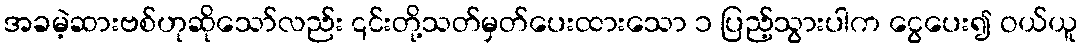
အခမဲ့ဆားဗစ်ဟုဆိုသော်လည်း ၎င်းတို့သတ်မှတ်ပေးထားသော ၁ ပြည့်သွားပါက ငွေပေး၍ ဝယ်ယူ